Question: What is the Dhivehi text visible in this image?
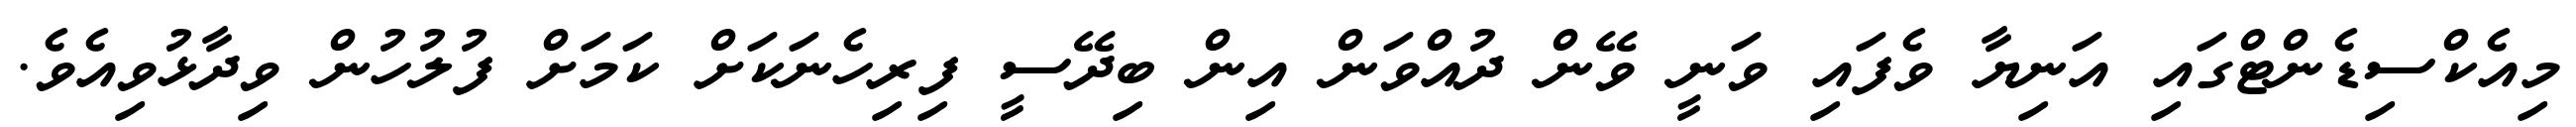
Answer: މިއެކްސިޑެންޓްގައި އަނިޔާ ވެފައި ވަނީ ވޭން ދުއްވަން އިން ބިދޭސީ ފިރިހެނަކަށް ކަމަށް ފުލުހުން ވިދާޅުވިއެވެ.